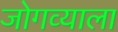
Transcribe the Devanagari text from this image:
जोगव्याला